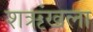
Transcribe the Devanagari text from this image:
शऋंखला